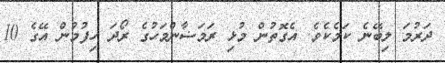
ދަރުމަ ލިބޭނެ ކަމެކެވެ. އެގޮތުން މުޅި ރަމަޟާންމަހުގެ ރޯދަ ހިފުމުން އޭގެ 10